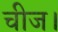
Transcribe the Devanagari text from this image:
चीज।